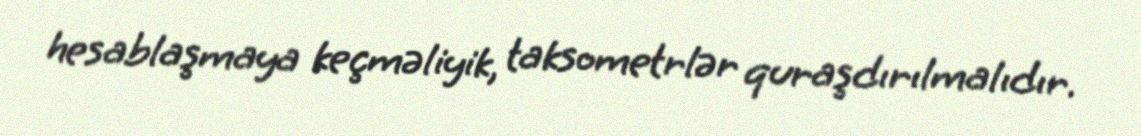
hesablaşmaya keçməliyik, taksometrlər quraşdırılmalıdır.